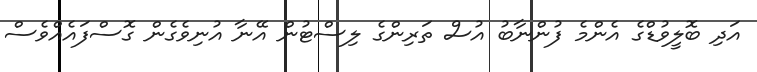
އަދި ބޮލީވުޑްގެ އެންމެ ފުންނާބު އުސް ތަރިންގެ ލިސްޓުން އޭނާ އުނިވެގެން ގޮސްފައެއްވެސް